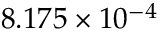
8 . 1 7 5 \times 1 0 ^ { - 4 }